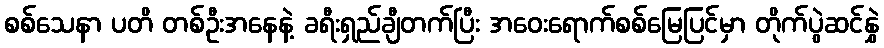
စစ်သေနာ ပတိ တစ်ဦးအနေနဲ့ ခရီးရှည်ချီတက်ပြီး အဝေးရောက်စစ်မြေပြင်မှာ တိုက်ပွဲဆင်နွှဲ